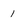
Character: 1